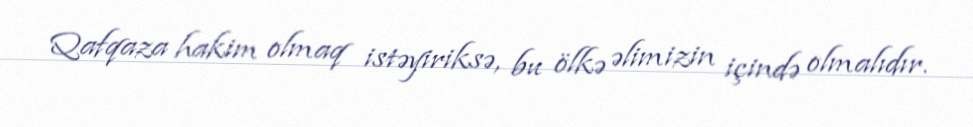
Qafqaza hakim olmaq istəyiriksə, bu ölkə əlimizin içində olmalıdır.